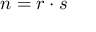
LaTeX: \; n = r \cdot s